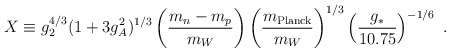
\begin{align*}X \equiv g^{4/3}_2 (1+3g^2_A)^{1/3} \left( {m_n-m_p\over m_W}\right) \left({m_{\rm Planck}\over m_W}\right)^{1/3} \left({g_*\over 10.75}\right) ^{-1/6}\ . \end{align*}